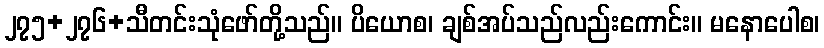
၂၇၅+၂၇၆+သီတင်းသုံဖော်တို့သည်။ ပိယောစ၊ ချစ်အပ်သည်လည်းကောင်း။ မနောပေါစ၊